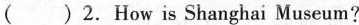
()2.How is Shanghai Museum?